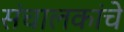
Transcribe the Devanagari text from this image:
संचालकांचे